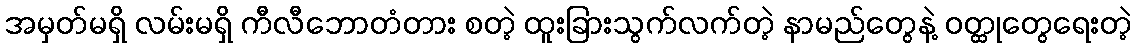
အမှတ်မရှိ လမ်းမရှိ ကီလီဘောတံတား စတဲ့ ထူးခြားသွက်လက်တဲ့ နာမည်တွေနဲ့ ဝတ္ထုတွေရေးတဲ့